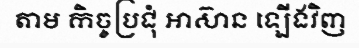
តាម កិច្ចប្រជុំ អាស៊ាន ឡើងវិញ